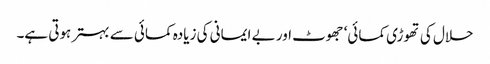
حلال کی تھوڑی کمائی‘ جھوٹ اور بے ایمانی کی زیادہ کمائی سے بہتر ہوتی ہے۔